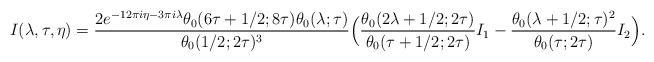
LaTeX: \begin{align*} I(\lambda, \tau, \eta) = \frac{2e^{-12\pi i \eta - 3\pi i \lambda} \theta_0(6\tau + 1/2;8\tau) \theta_0(\lambda; \tau)}{\theta_0(1/2; 2\tau)^3} \Big(\frac{\theta_0(2\lambda + 1/2; 2\tau)}{\theta_0(\tau+1/2; 2\tau)} I_1 - \frac{\theta_0(\lambda + 1/2; \tau)^2}{\theta_0(\tau; 2\tau)} I_2\Big).\end{align*}